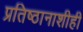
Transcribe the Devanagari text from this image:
प्रतिष्ठानाशीही